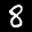
Label: 8